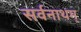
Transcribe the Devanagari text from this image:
सर्वनाथम्